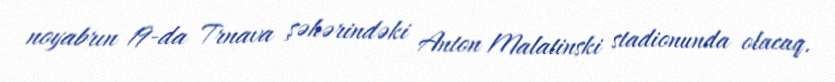
noyabrın 19-da Trnava şəhərindəki Anton Malatinski stadionunda olacaq.